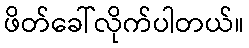
ဖိတ်ခေါ်လိုက်ပါတယ်။